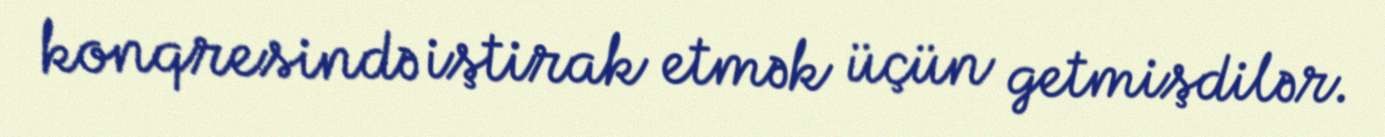
konqresində iştirak etmək üçün getmişdilər.